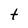
Character: t